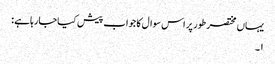
یہاں مختصر طور پر اس سوال کا جواب پیش کیاجارہاہے :
١۔